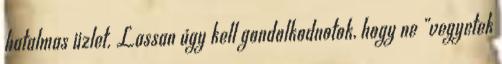
hatalmas üzlet. Lassan úgy kell gondolkodnotok, hogy ne „vegyetek